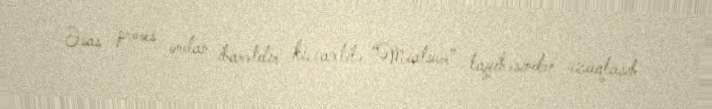
Əsas proses ondan ibarətdir ki, vaxtilə “Miatsum” layihəsindən uzaqlaşıb